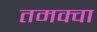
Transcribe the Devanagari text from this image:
तमक्वा